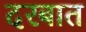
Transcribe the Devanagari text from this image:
दरबात